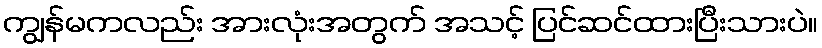
ကျွန်မကလည်း အားလုံးအတွက် အသင့် ပြင်ဆင်ထားပြီးသားပဲ။